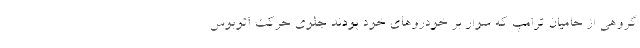
گروهی از حامیان ترامپ که سوار بر خودروهای خود بودند جلوی حرکت اتوبوس